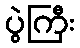
ပွဲကြီး